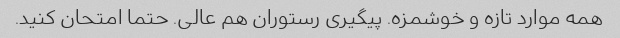
همه موارد تازه و خوشمزه. پیگیری رستوران هم عالی. حتما امتحان کنید.